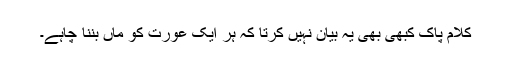
کلام پاک کبھی بھی یہ بیان نہیں کرتا کہ ہر ایک عورت کو ماں بننا چاہے۔